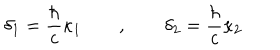
\delta _ { 1 } = \frac \hbar c \kappa _ { 1 } \qquad , \qquad \delta _ { 2 } = \frac \hbar c \kappa _ { 2 }